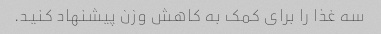
سه غذا را برای کمک به کاهش وزن پیشنهاد کنید.